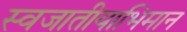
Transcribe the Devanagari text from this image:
स्वजातीयाभिमान